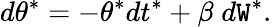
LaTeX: d\theta^{*}=-\theta^{*}dt^{*}+\beta\; d\mathtt{W}^{*}.